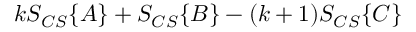
k S _ { C S } \{ A \} + S _ { C S } \{ B \} - ( k + 1 ) S _ { C S } \{ C \}